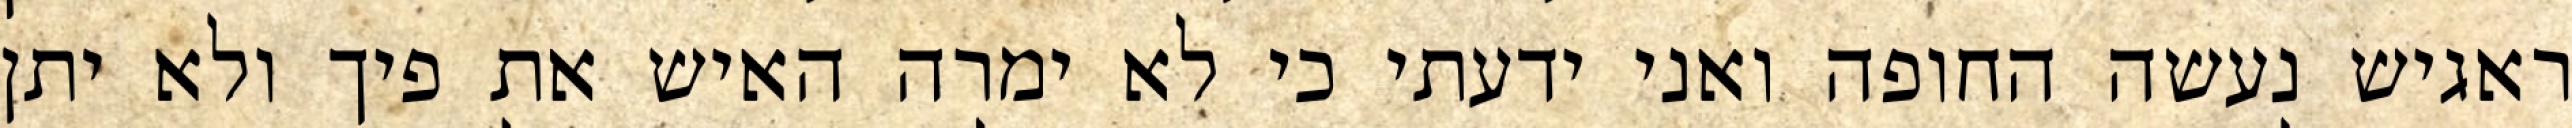
ראגיש נעשה החופה ואני ידעתי כי לא ימרה האיש את פיך ולא יתן